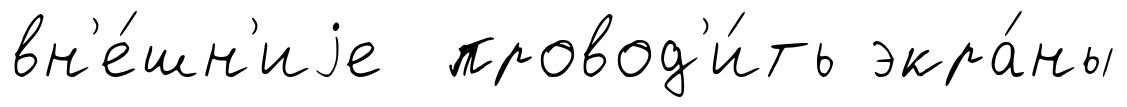
вн'е́шн'иjе провод'и́ть экра́ны